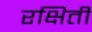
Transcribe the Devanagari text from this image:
रक्षिती